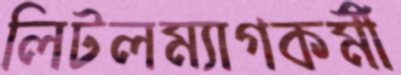
লিটলম্যাগকর্মী